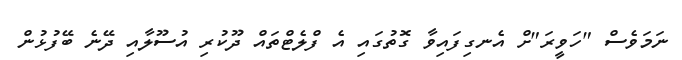
ނަމަވެސް "ހަވީރަ"ށް އެނގިފައިވާ ގޮތުގައި އެ ފްލެޓްތައް ދޫކުރި އުސޫލާއި ދޭނެ ބޭފުޅުން